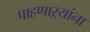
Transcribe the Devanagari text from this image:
पाहणाऱ्यांना